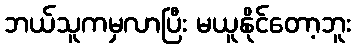
ဘယ်သူကမှလာပြီး မယူနိုင်တော့ဘူး